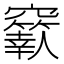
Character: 𥩁